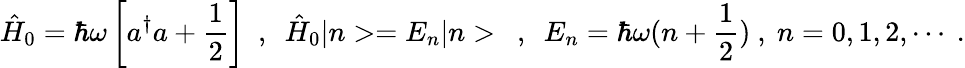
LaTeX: \hat{H}_{0}=\hbar\omega\left[a^{\dagger}a+\frac{1}{2}\right]\ \ ,\ \ \hat{H}_{0}|n>=E_{n}|n>\ \ ,\ \ E_{n}=\hbar\omega(n+\frac{1}{2})\ ,\ n=0,1,2,\cdots\ .